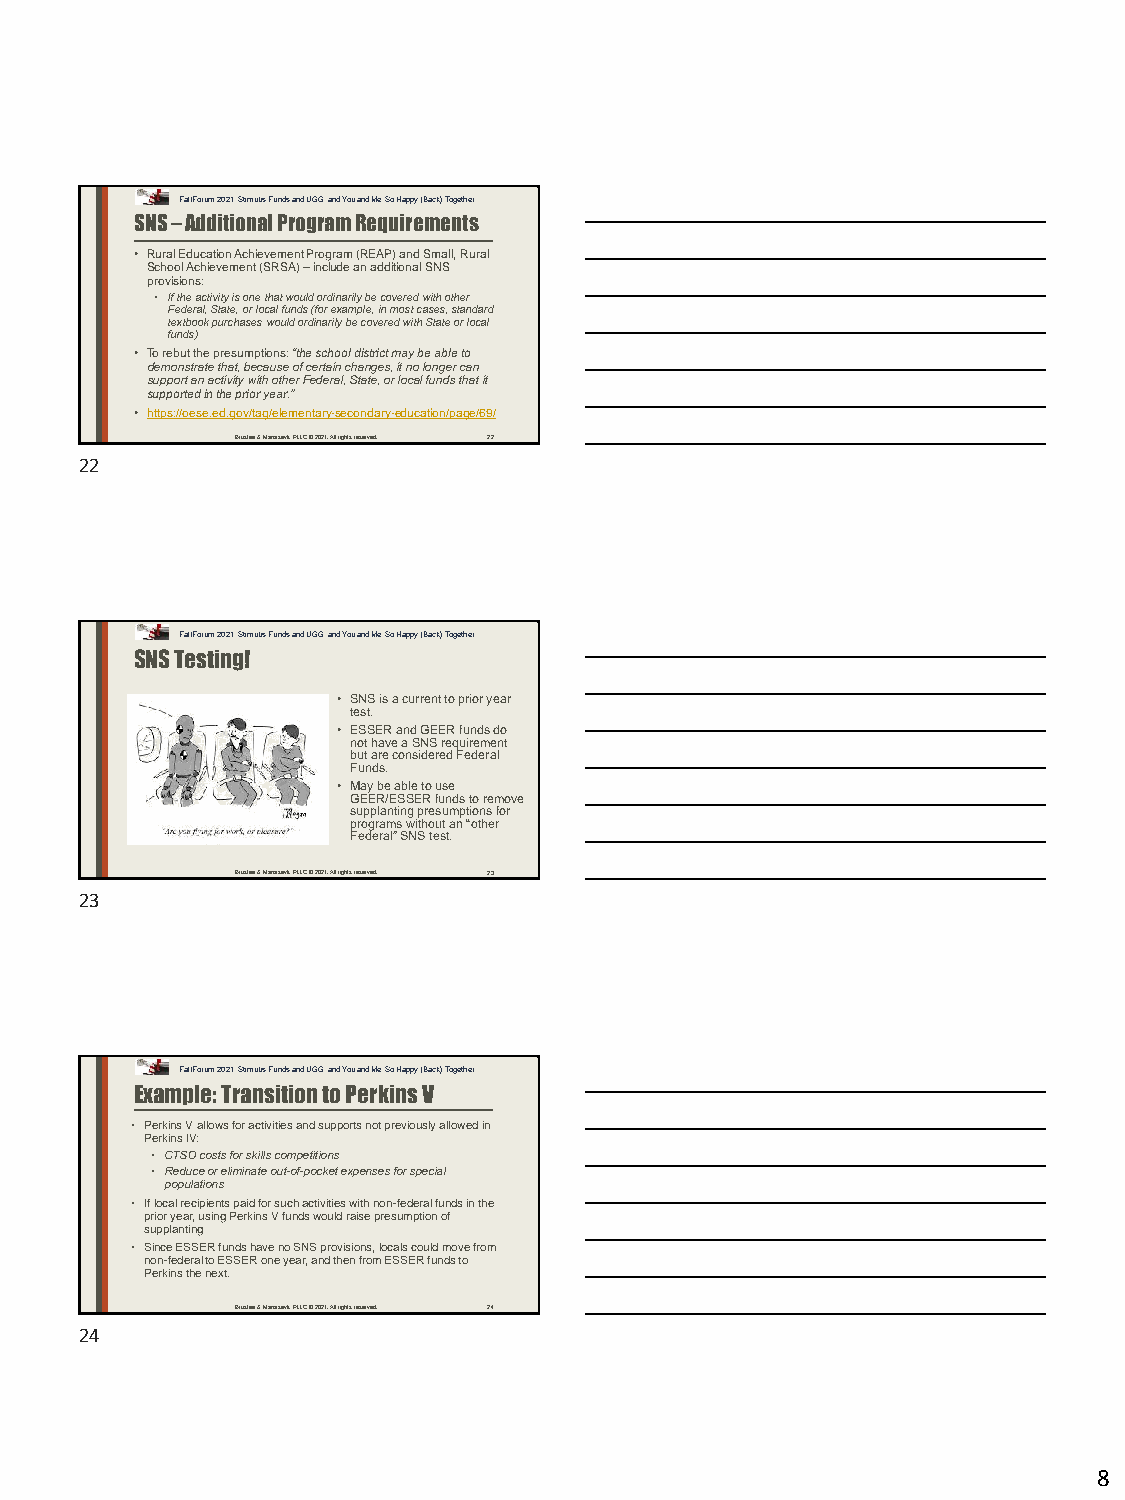
Fall Forum 2021: Stimulus Funds and UGG, and You and Me, So Happy (Back) Together
 SNS –Additional Program Requirements
 • Rural Education Achievement Program (REAP) and Small, Rural
 School Achievement (SRSA) –include an additional SNS
 provisions:
 • If the activity is one that would ordinarily be covered with other
 Federal, State, or local funds (for example, in most cases, standard
 textbook purchases would ordinarily be covered with State or local
 funds)
 • To rebut the presumptions: “the school district may be able to
 demonstrate that, because of certain changes, it no longer can
 support an activity with other Federal, State, or local funds that it
 supported in the prior year.”
 • https://oese.ed.gov/tag/elementary-secondary-education/page/69/
 Brustein & Manasevit, PLLC © 2021. All rights reserved. 22
 22
 Fall Forum 2021: Stimulus Funds and UGG, and You and Me, So Happy (Back) Together
 SNS Testing!
 • SNS is a current to prior year
 test.
 • ESSER and GEER funds do
 not have a SNS requirement
 but are considered Federal
 Funds.
 • May be able to use
 GEER/ESSER funds to remove
 supplanting presumptions for
 programs without an “other
 Federal” SNS test.
 Brustein & Manasevit, PLLC © 2021. All rights reserved. 23
 23
 Fall Forum 2021: Stimulus Funds and UGG, and You and Me, So Happy (Back) Together
 Example: Transition to Perkins V
 • Perkins V allows for activities and supports not previously allowed in
 Perkins IV:
 • CTSO costs for skills competitions
 • Reduce or eliminate out-of-pocket expenses for special
 populations
 • If local recipients paid for such activities with non-federal funds in the
 prior year, using Perkins V funds would raise presumption of
 supplanting
 • Since ESSER funds have no SNS provisions, locals could move from
 non-federal to ESSER one year, and then from ESSER funds to
 Perkins the next.
 Brustein & Manasevit, PLLC © 2021. All rights reserved. 24
 24
 8